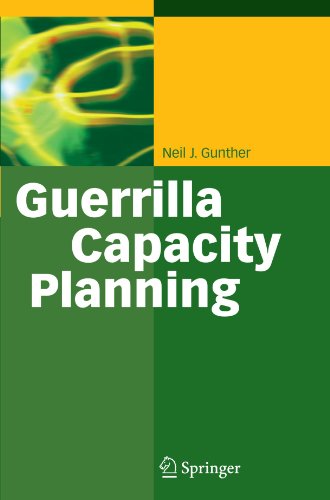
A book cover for Guerrilla Capacity Planning: A Tactical Approach to Planning for Highly Scalable Applications and Services; Neil J. Gunther; Computers & Technology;